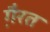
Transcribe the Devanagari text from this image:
गै़रत